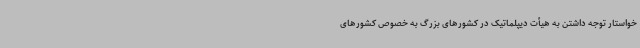
خواستار توجه داشتن به هیأت دیپلماتیک در کشورهای بزرگ به خصوص کشورهای